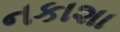
નકાશા